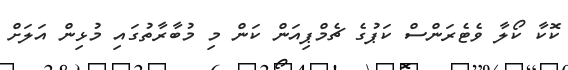
ކޮކާ ކޯލާ ވެޓެރަންސް ކަޕުގެ ޗެމްޕިއަން ކަން މި މުބާރާތުގައި މުޅިން އަލަށް